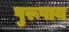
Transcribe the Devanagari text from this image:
पुरूषाय